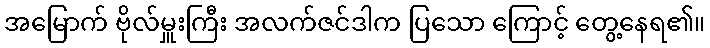
အမြောက် ဗိုလ်မှူးကြီး အလက်ဇင်ဒါက ပြသော ကြောင့် တွေ့နေရ၏။